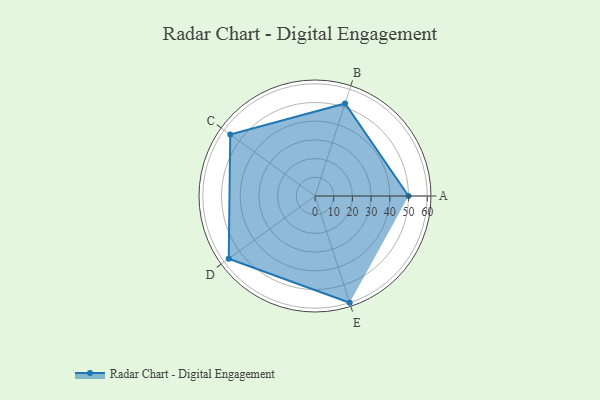
{"axis": {"x": "Skill", "y": "Score"}, "legend": ["Profile"], "data": [{"x": "A", "y": 50.0, "type": "Profile"}, {"x": "B", "y": 52.0, "type": "Profile"}, {"x": "C", "y": 56.0, "type": "Profile"}, {"x": "D", "y": 57.0, "type": "Profile"}, {"x": "E", "y": 60.0, "type": "Profile"}]}